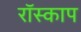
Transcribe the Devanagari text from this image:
रॉस्काप